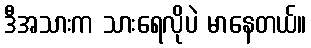
ဒီအသားက သားရေလိုပဲ မာနေတယ်။